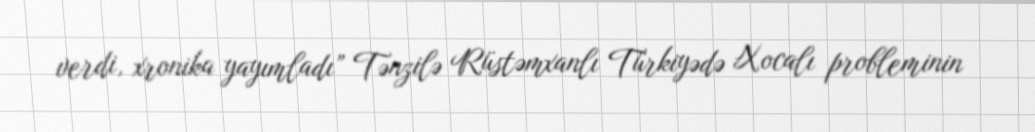
verdi, xronika yayımladı” Tənzilə Rüstəmxanlı Türkiyədə Xocalı probleminin